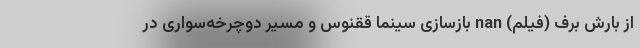
از بارش برف (فیلم) nan بازسازی سینما ققنوس و مسیر دوچرخه‌سواری در